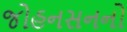
જોહનસનનો